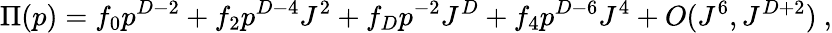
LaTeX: \Pi(p)=f_{0}p^{D-2}+f_{2}p^{D-4}J^{2}+f_{D}p^{-2}J^{D}+f_{4}p^{D-6}J^{4}+O(J^{6},J^{D+2})\ ,